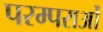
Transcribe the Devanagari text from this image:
परम्‍पराओं